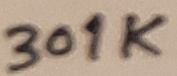
Text: 301K